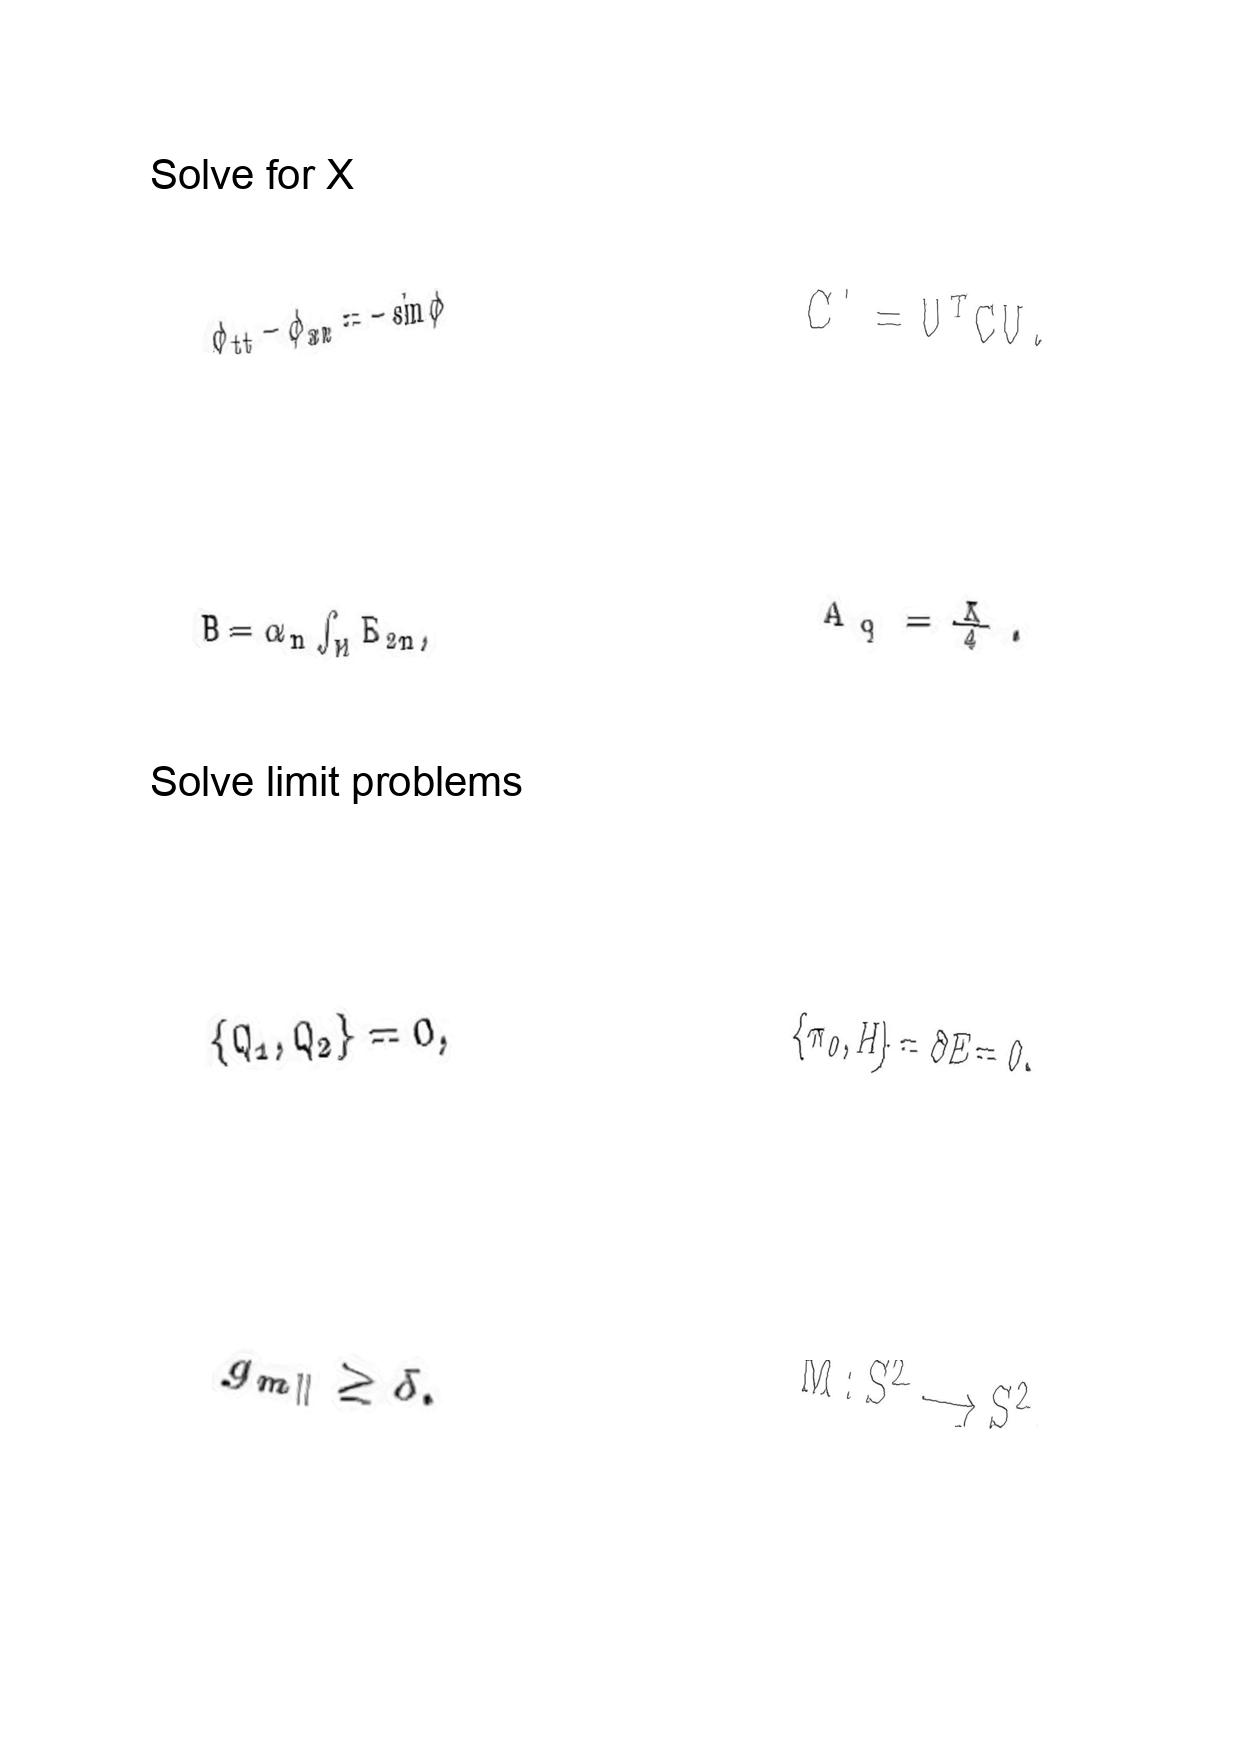
LaTeX transcription:
\phi _ { t t } - \phi _ { x x } = - \sin \phi
B = \alpha _ { n } \int _ { M } E _ { 2 n } ,
\lbrace Q _ { 1 } , Q _ { 2 } \rbrace = 0 ,
g _ { m \parallel } \geq \delta .
C ^ { \prime } = U ^ { T } C U .
A _ { q } = \frac { X } { 4 } .
\lbrace \pi _ { 0 } , H \rbrace = \partial E = 0 .
M : S ^ { 2 } \longrightarrow S ^ { 2 } .